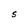
Character: S